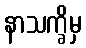
နာသက္ခိမှ